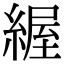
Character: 䌂